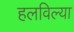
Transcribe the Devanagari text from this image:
हलविल्या